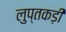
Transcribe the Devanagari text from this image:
लुप्तकड़ी